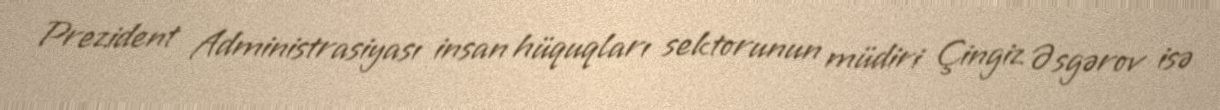
Prezident Administrasiyası insan hüquqları sektorunun müdiri Çingiz Əsgərov isə